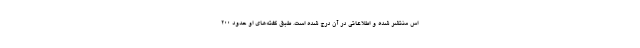
اس منتشر شده و اطلاعاتی در آن درج شده است. طبق گفته‌های او حدود ۲۰۰